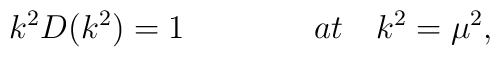
k^2 D(k^2) = 1  \qquad \qquad at \quad k^2 = {\mu}^2,